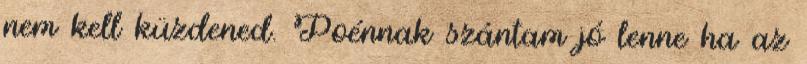
nem kell küzdened. Poénnak szántam jó lenne ha az